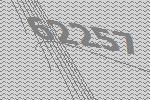
62257